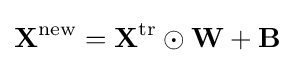
\mathbf {X} ^{\text{new}}=\mathbf {X} ^{\text{tr}}\odot \mathbf {W} +\mathbf {B}